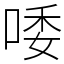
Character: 唩